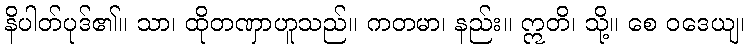
နိပါတ်ပုဒ်၏။ သာ၊ ထိုတဏှာဟူသည်။ ကတမာ၊ နည်း။ ဣတိ၊ သို့။ စေ ဝဒေယျ၊